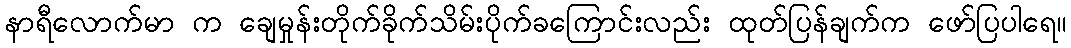
နာရီလောက်မာ က ချေမှုန်းတိုက်ခိုက်သိမ်းပိုက်ခကြောင်းလည်း ထုတ်ပြန်ချက်က ဖော်ပြပါရေ။